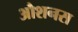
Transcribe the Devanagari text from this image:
औशनस